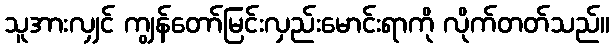
သူအားလျှင် ကျွန်တော်မြင်းလှည်းမောင်းရာကို လိုက်တတ်သည်။